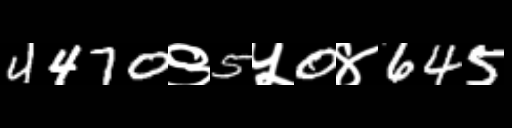
Text: 4470९5५0४645